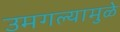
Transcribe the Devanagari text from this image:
उमगल्यामुळे